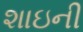
શાઇની